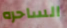
الساحره